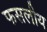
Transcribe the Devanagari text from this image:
फसलीय